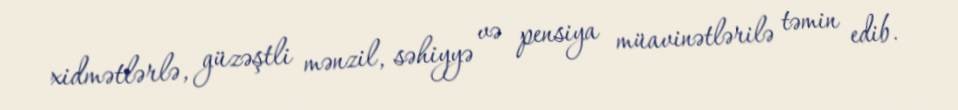
xidmətlərlə, güzəştli mənzil, səhiyyə və pensiya müavinətlərilə təmin edib.